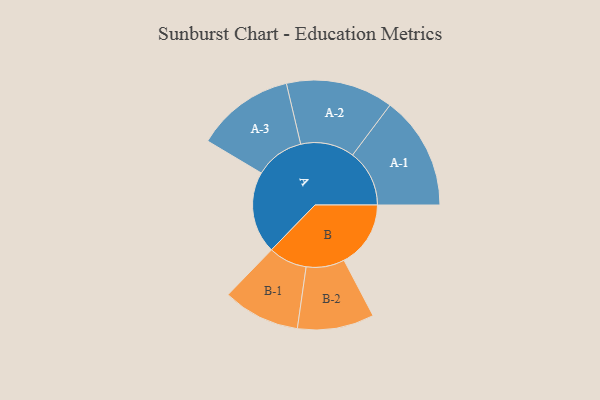
{"axis": {"x": "Segment", "y": "Value"}, "legend": ["", "A", "B"], "data": [{"x": "A", "y": 417, "type": ""}, {"x": "B", "y": 339, "type": ""}, {"x": "A-1", "y": 289, "type": "A"}, {"x": "A-2", "y": 273, "type": "A"}, {"x": "A-3", "y": 250, "type": "A"}, {"x": "B-1", "y": 196, "type": "B"}, {"x": "B-2", "y": 195, "type": "B"}]}